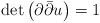
\begin{align*}\det\left( \partial\bar{\partial}u\right) =1\end{align*}